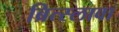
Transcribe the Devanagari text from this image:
ब्रित्स्लावा